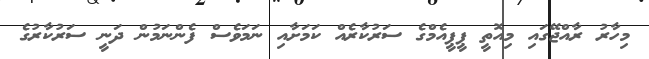
މިހާރު ރާއްޖޭގައި މިއޮތީ ޕީޕީއެމްގެ ސަރުކާރެއް ކަމަށާއި ނަމަވެސް ފެންނަމުން ދަނީ ސަރުކާރުގެ